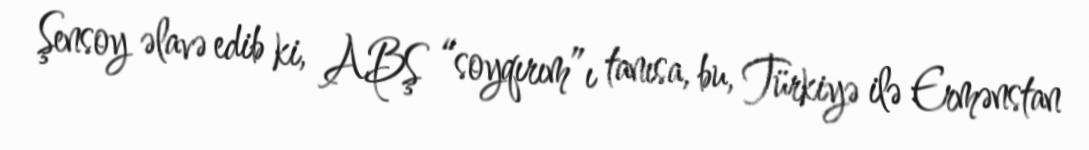
Şensoy əlavə edib ki, ABŞ “soyqırım”ı tanısa, bu, Türkiyə ilə Ermənstan